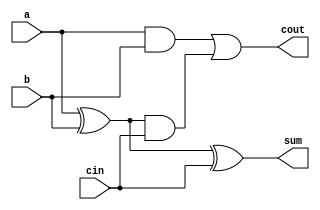
module top_module( 
    input a, b, cin,
    output cout, sum );

    wire a_xor_b = a ^ b;
    assign cout = (a & b) | (a_xor_b & cin);
    assign sum = a_xor_b ^ cin;
endmodule